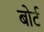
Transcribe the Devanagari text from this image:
बोर्ट